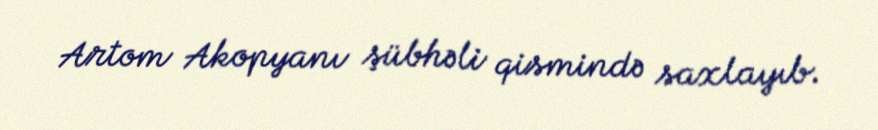
Artom Akopyanı şübhəli qismində saxlayıb.